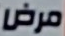
مرض